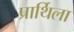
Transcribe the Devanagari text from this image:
प्रार्थिला